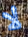
لا